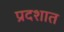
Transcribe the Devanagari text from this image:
प्रदशात